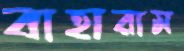
বাহারাম